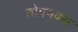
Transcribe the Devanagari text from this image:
तोपमक्स